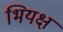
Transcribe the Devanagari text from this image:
भियक्ष